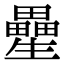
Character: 㽮